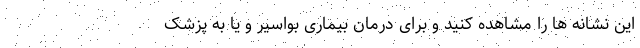
این نشانه ها را مشاهده کنید و برای درمان بیماری بواسیر و یا به پزشک